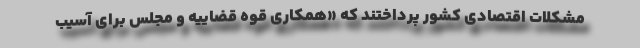
مشکلات اقتصادی کشور پرداختند که «همکاری قوه قضاییه و مجلس برای آسیب